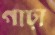
গাঢ়া